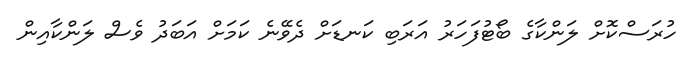
ހުރަސްކޮށް ލަންކާގެ ބޯޓުފަހަރު އަރަބި ކަނޑަށް ދެވޭނެ ކަމަށް އަބަދު ވެސް ލަންކާއިން